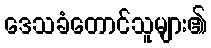
ဒေသခံတောင်သူများ၏